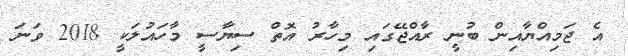
އެ ޖަމިއްޔާއިން ބުނީ ރާއްޖޭގައި މިހާރު އޮތް ސިޔާސީ މާހައުލަކީ 2018 ވަނަ